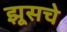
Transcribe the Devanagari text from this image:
झूसचे